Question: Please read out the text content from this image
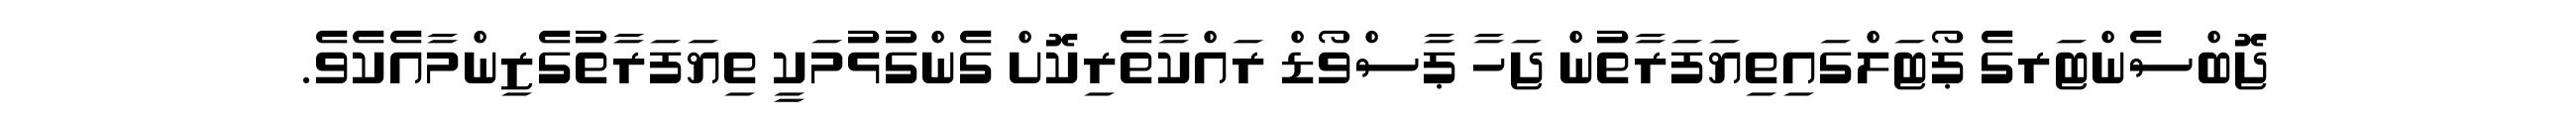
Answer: ޖޮބްސެންޓަރގެ ޕޯޓަލްގައިތިޔަފަރާތުން ޖަހާ ޕާސްވޯޑް ރައްކާތެރިކޮށް ގެންގުޅުމަކީ ތިޔަފަރާތުގެޒިންމާއެކެވެ.